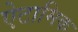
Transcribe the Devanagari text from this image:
ऐटामिक